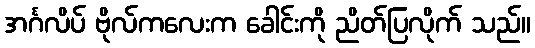
အင်္ဂလိပ် ဗိုလ်ကလေးက ခေါင်းကို ညိတ်ပြလိုက် သည်။